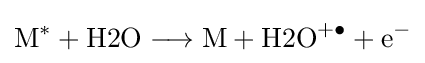
{{\mathrm {M^{\ast }} }{}+{}{\text{H2O}}{}\mathrel {\longrightarrow } {}{\text{M}}{}+{}{\text{H2O}}{\vphantom {A}}^{+\bullet }{}+{}\mathrm {e} {\vphantom {A}}^{-}}